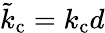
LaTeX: \tilde{k}_{\mathrm{c}}=k_{\mathrm{c}}d